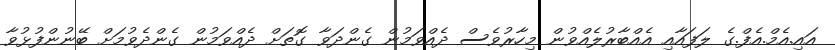
އައި.އެމް.އެފް.ގެ ލަފައާއި އެއްބާރުލެއްވުން މިހާރުވެސް ދެއްވަމުން ގެންދަވާ ގޮތަށް ދެއްވަމުން ގެންދެވުމަށް ބޭނުންފުޅުވާ